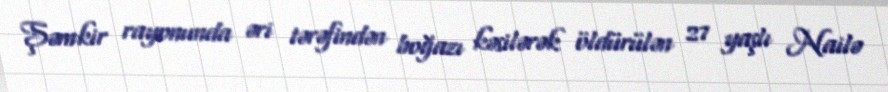
Şəmkir rayonunda əri tərəfindən boğazı kəsilərək öldürülən 27 yaşlı Nailə